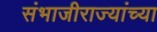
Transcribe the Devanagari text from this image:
संभाजीराज्यांच्या